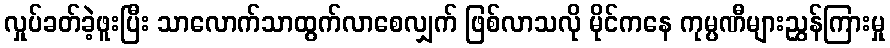
လှုပ်ခတ်ခဲ့ဖူးပြီး သာလောက်သာထွက်လာစေလျှက် ဖြစ်လာသလို မိုင်ကနေ ကုမ္ပဏီများညွှန်ကြားမှု